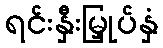
ရင်းနှီးမြှုပ်နှံ